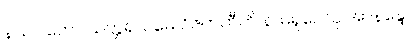
နယဂ္ဂါဟော သတ္တရသမေ ဝိဇဟတီတိ နာမရူပေသု အာနန္ဒော